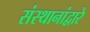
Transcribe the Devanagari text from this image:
संस्थानांद्वारे